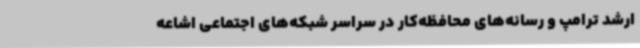
ارشد ترامپ و رسانه‌های محافظه‌کار در سراسر شبکه‌های اجتماعی اشاعه